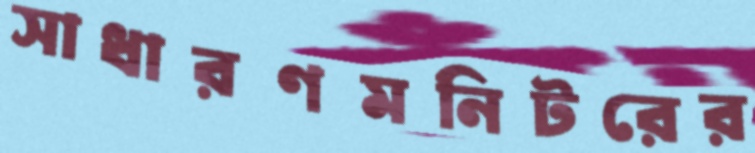
সাধারণমনিটরের